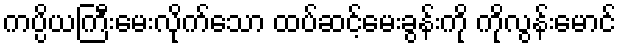
ကပ္ပိယကြီးမေးလိုက်သော ထပ်ဆင့်မေးခွန်းကို ကိုလွန်းမောင်